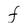
Character: f